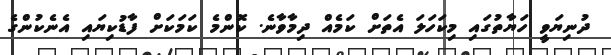
ދުނިޔަވީ ހަޔާތުގައި މިކަހަލަ އެތަށް ކަމެއް ދިމާވާނެ. ކޮންމެ ކަމަކަށް ފާޑުކިޔައި އެނެކުންގެ